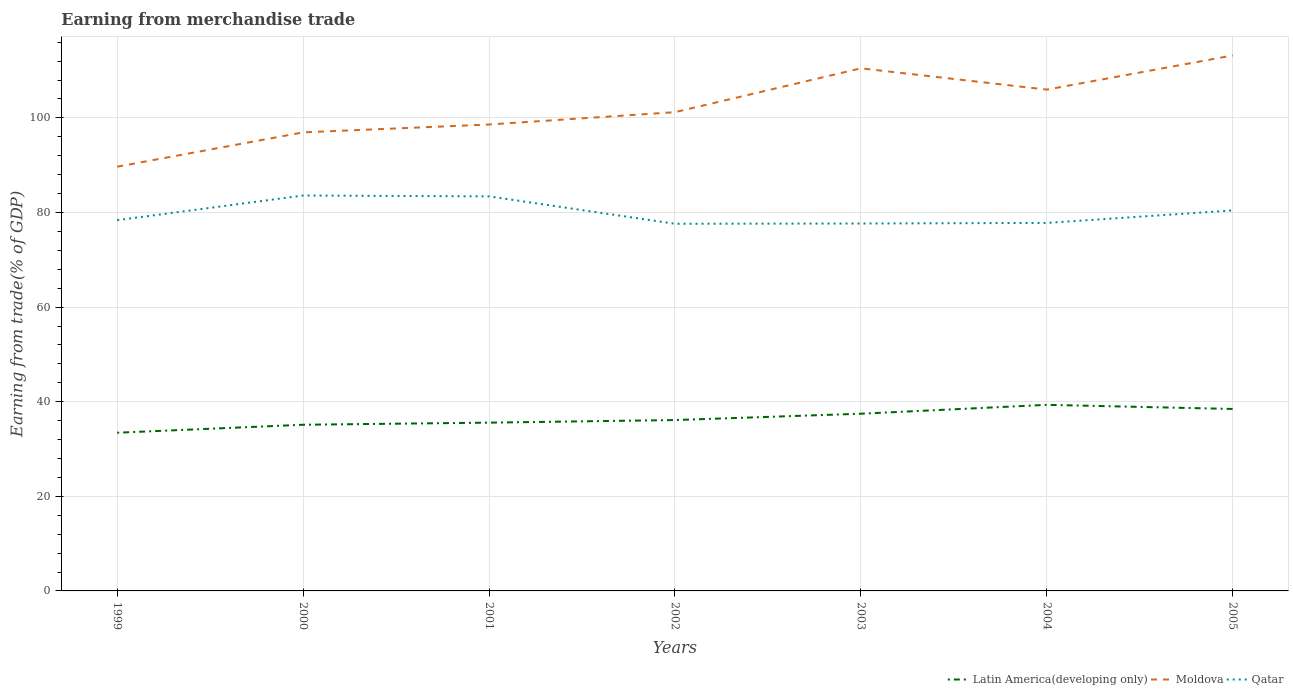
| Years | Latin America(developing only) | Moldova | Qatar |
 | --- | --- | --- | --- |
 | 1999 | 33.4 | 89.7 | 78.4 |
 | 2000 | 35.1 | 96.9 | 83.6 |
 | 2001 | 35.6 | 98.6 | 83.4 |
 | 2002 | 36.1 | 101 | 77.6 |
 | 2003 | 37.5 | 110 | 77.7 |
 | 2004 | 39.3 | 106 | 77.8 |
 | 2005 | 38.5 | 113 | 80.4 |